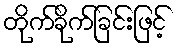
တိုက်ခိုက်ခြင်းဖြင့်